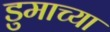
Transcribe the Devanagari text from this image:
डुमाच्या